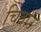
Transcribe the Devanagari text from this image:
चिताउ